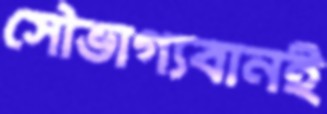
সৌভাগ্যবানই